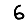
Digit: 6